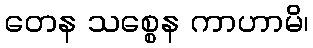
တေန သစ္စေန ကာဟာမိ၊